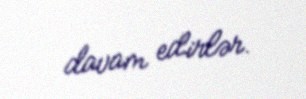
davam edirlər.